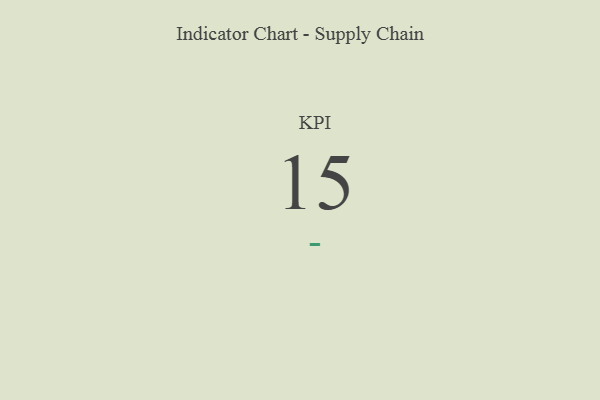
{"axis": {"x": "KPI", "y": "Value"}, "legend": [""], "data": [{"x": "KPI", "y": 15, "type": ""}]}